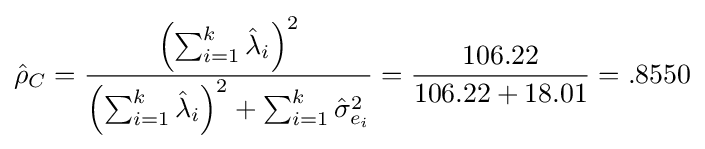
{\hat {\rho }}_{C}={\frac {\left(\sum _{i=1}^{k}{\hat {\lambda }}_{i}\right)^{2}}{\left(\sum _{i=1}^{k}{\hat {\lambda }}_{i}\right)^{2}+\sum _{i=1}^{k}{\hat {\sigma }}_{e_{i}}^{2}}}={\frac {106.22}{106.22+18.01}}=.8550